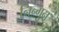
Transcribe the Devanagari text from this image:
निन्गुन